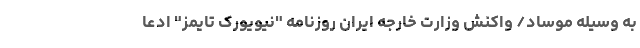
به وسیله موساد/ واکنش وزارت خارجه ایران روزنامه "نیویورک تایمز" ادعا